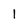
Character: l